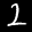
Label: 2